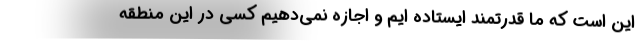
این است که ما قدرتمند ایستاده ایم و اجازه نمی‌دهیم کسی در این منطقه